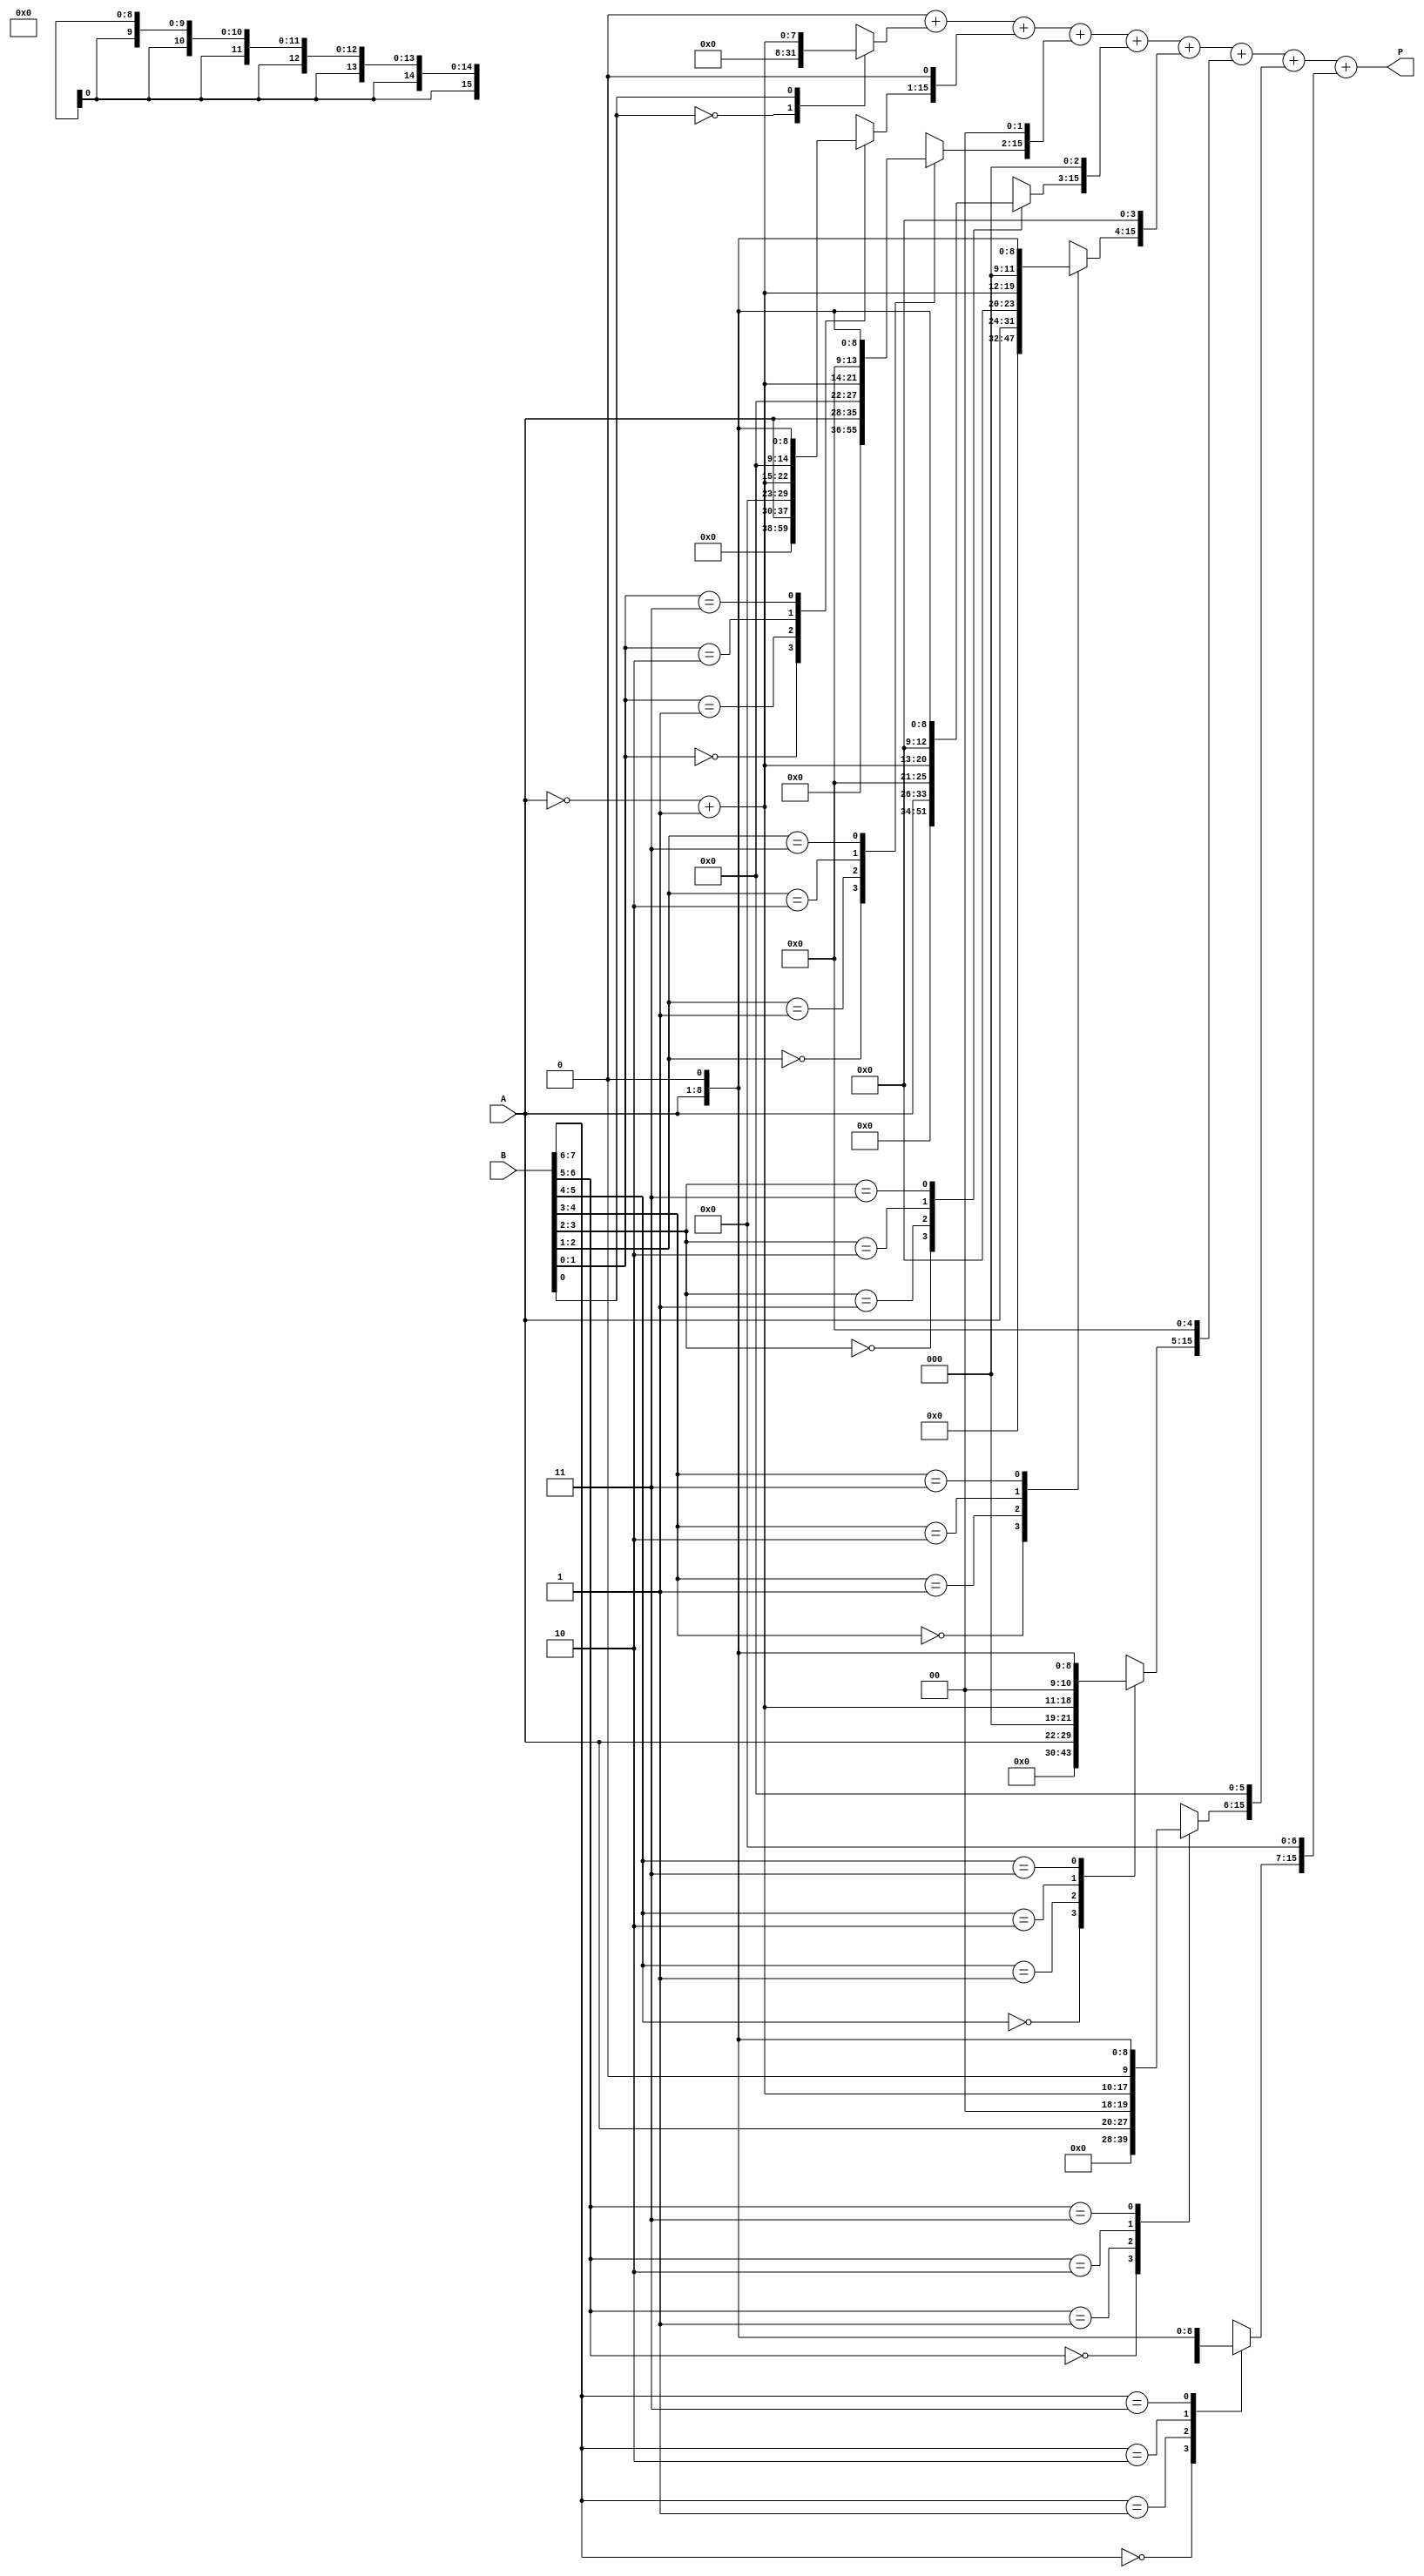
module Radix4Multiplier #(
    parameter WIDTH = 8 // Bit-width for A and B
) (
    input wire [WIDTH-1:0] A, // Multiplicand
    input wire [WIDTH-1:0] B, // Multiplier
    output reg [2*WIDTH-1:0] P // Product
);

    reg [WIDTH-1:0] A_neg; // Two's complement of A
    reg [WIDTH:0] B_ext; // Extended B for Booth's algorithm
    reg [2*WIDTH-1:0] partial_products [0:WIDTH]; // To store partial products
    integer i;
    
    // Calculate the two's complement of A
    always @(*) begin
        A_neg = ~A + 1;
    end

    // Booth's encoding and partial product generation
    always @(*) begin
        // Initialize
        P = 0;
        B_ext = {1'b0, B, 1'b0}; // Extend B (1 additional bit for Booth's)
        
        for (i = 0; i < WIDTH; i = i + 1) begin
            case (B_ext[i+1:i]) // Check pairs of bits
                2'b00: partial_products[i] = 0; // 0
                2'b01: partial_products[i] = A; // +A
                2'b10: partial_products[i] = A_neg; // -A
                2'b11: partial_products[i] = A << 1; // 2A (left shifted)
                default: partial_products[i] = 0;
            endcase
        end

        // Accumulate partial products
        for (i = 0; i < WIDTH; i = i + 1) begin
            P = P + (partial_products[i] << (i * 1)); // Align partial products
        end
    end
endmodule